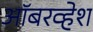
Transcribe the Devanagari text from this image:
ऑबरव्हेश